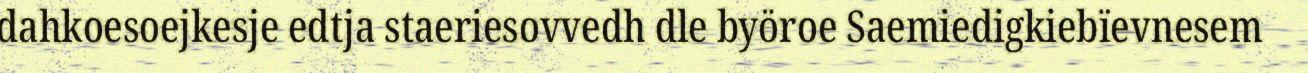
dahkoesoejkesje edtja staeriesovvedh dle byöroe Saemiedigkiebïevnesem